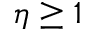
\eta \geq 1